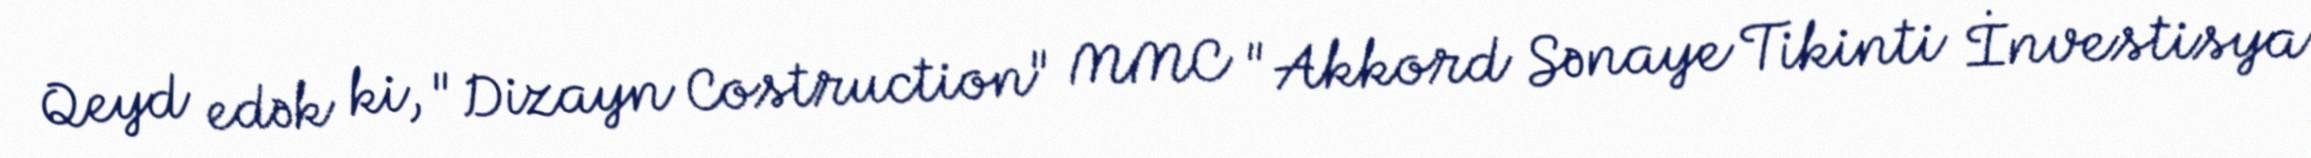
Qeyd edək ki, "Dizayn Costruction" MMC "Akkord Sənaye Tikinti İnvestisya